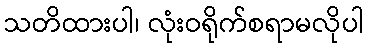
သတိထားပါ၊ လုံးဝရိုက်စရာမလိုပါ